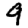
Digit: 9